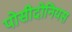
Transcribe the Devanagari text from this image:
पोसीदोनियस